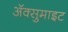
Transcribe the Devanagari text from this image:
अॅक्सुमाइट